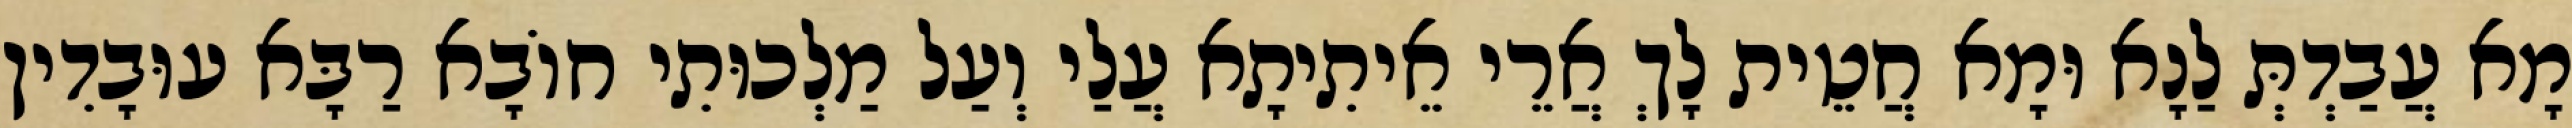
מָא עֲבַדְתְּ לַנָא וּמָא חֲטֵית לָךְ אֲרֵי אֵיתִיתָא עֲלַי וְעַל מַלְכוּתִי חוֹבָא רַבָּא עוּבָדִין